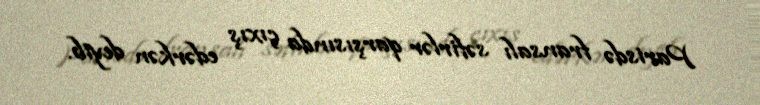
Parisdə fransalı səfirlər qarşısında çıxış edərkən deyib.